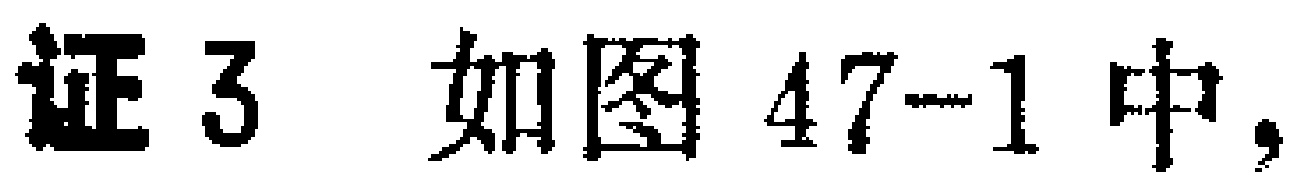
证3 如图47-1中，